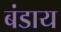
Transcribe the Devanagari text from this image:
बंडाय